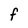
Character: f